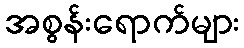
အစွန်းရောက်များ